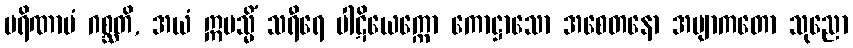
ပရိဏာမံ ဂစ္ဆတိ, အယံ ဣမသ္မိံ သရီရေ ပါဋိယေက္ကော ကောဋ္ဌာသော အစေတနော အဗျာကတော သုညော